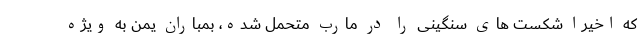
که اخیرا شکست های سنگینی را در مارب متحمل شده، بمباران یمن به ویژه